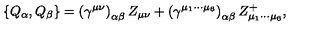
\left\{ Q _ { \alpha } , Q _ { \beta } \right\} = \left( \gamma ^ { \mu \nu } \right) _ { \alpha \beta } Z _ { \mu \nu } + \left( \gamma ^ { \mu _ { 1 } \cdots \mu _ { 6 } } \right) _ { \alpha \beta } Z _ { \mu _ { 1 } \cdots \mu _ { 6 } } ^ { + } ,